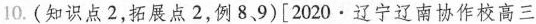
10.(知识点2，拓展点2，例8、9)[2020·辽宁辽南协作校高三